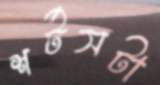
শর্টসটা